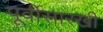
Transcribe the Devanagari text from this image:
पूर्वीसारखी